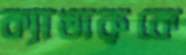
ক্যাঙারুকে